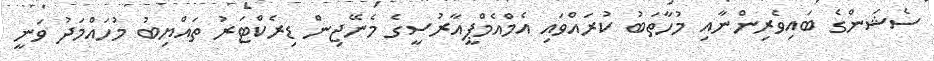
ސެޝަންގެ ބައިވެރިންނާއި މުހާތަބު ކުރައްވައި އެމްއެމްޕީއާރުސީގެ މެނޭޖިން ޑިރެކްޓަރު ތައްޔިބު މުހައްމަދު ވަނީ